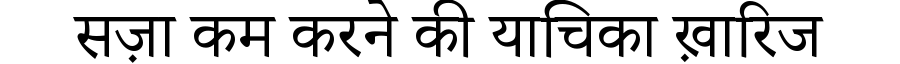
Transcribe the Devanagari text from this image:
सज़ा कम करने की याचिका ख़ारिज